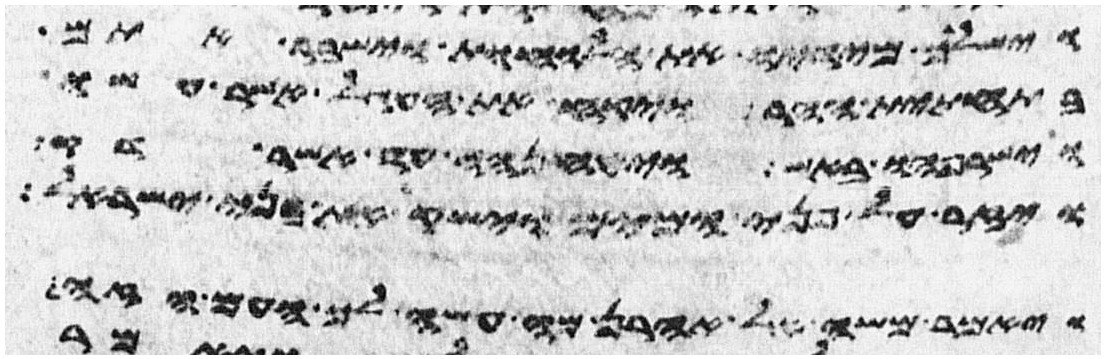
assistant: וישליך מידיו את הלוחות וישבר אתם
בתחתית ההר ויקח את העגל אשר עשו
וישרפהו באש ויטנחהו עד אשר דק
ויזר על פני המים וישק את בני ישראל
ויאמר משה אל אהרן מה עשה לך העם הזה